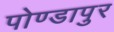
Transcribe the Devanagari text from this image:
पोण्डापुर